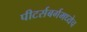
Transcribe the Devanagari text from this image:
पीटर्सबर्गमध्येच